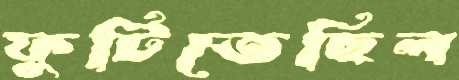
ফুটিতেছিল